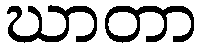
ဃာတာ